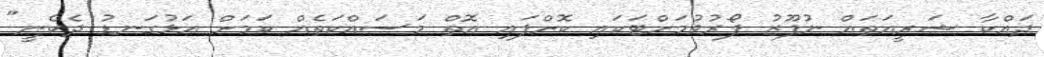
ދައްކާ ޝަރީއަތައް ނުފޫޒު ފޯރުވުމަށްޓަކައި ކޮށްފައި އޮތް މަސައްކަތެއް ކަމަށް އަޅުގަނޑު ދެކެނީ"